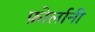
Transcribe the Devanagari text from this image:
फ़ोर्लानी